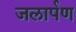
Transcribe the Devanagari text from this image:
जलार्पण